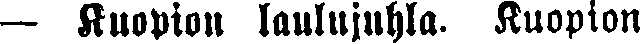
— Kuopion laulujuhla. Kuopion